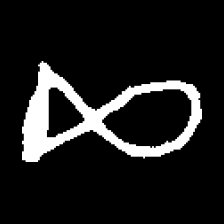
Pyu character \u2014 Myanmar letter: ဆ (romanized: cha)